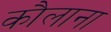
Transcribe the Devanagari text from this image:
कौलाना